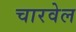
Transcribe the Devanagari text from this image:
चारवेल